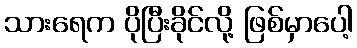
သားရေက ပိုပြီးခိုင်လို့ ဖြစ်မှာပေါ့